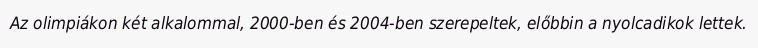
Az olimpiákon két alkalommal, 2000-ben és 2004-ben szerepeltek, előbbin a nyolcadikok lettek.